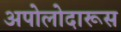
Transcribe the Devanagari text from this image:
अपोलोदारूस